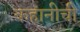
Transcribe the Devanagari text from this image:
कहानीची